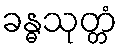
ခန္ဓသုတ္တံ